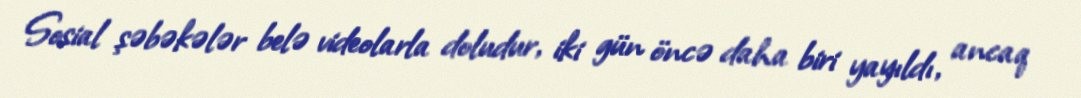
Sosial şəbəkələr belə videolarla doludur, iki gün öncə daha biri yayıldı, ancaq